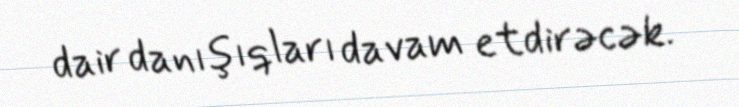
dair danışıqları davam etdirəcək.